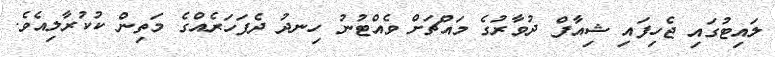
ލައިޓުގައި ޖެހިފައި ޝިއާފް ދުވާރުގެ މައްޗަށް ވެއްޓުނު ހިނދު ދެފަހަރެއްގެ މަތިން ކުކުރާލިއެވެ.